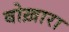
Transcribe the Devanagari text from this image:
बोख़ारा